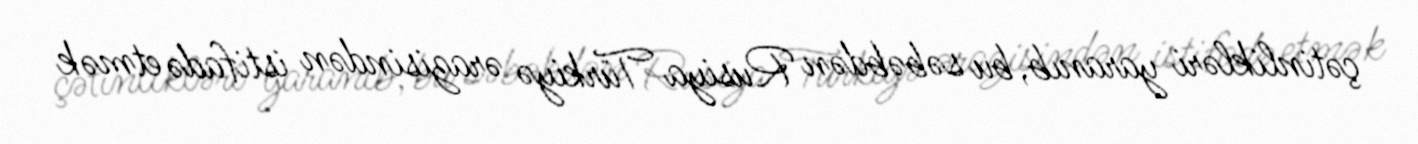
çətinlikləri yaranıb, bu səbəbdən Rusiya Türkiyə ərazisindən istifadə etmək